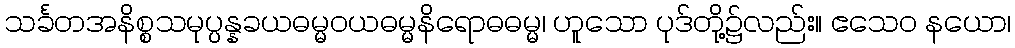
သင်္ခတအနိစ္စသမုပ္ပန္နခယဓမ္မဝယဓမ္မနိရောဓဓမ္မ၊ ဟူသော ပုဒ်တို့၌လည်း။ ဧသေဝ နယော၊